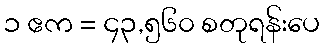
၁ ဧက = ၄၃,၅၆၀ စတုရန်းပေ